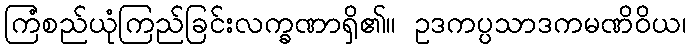
ကြံစည်ယုံကြည်ခြင်းလက္ခဏာရှိ၏။ ဥဒကပ္ပသာဒကမဏိဝိယ၊